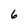
Character: 6